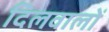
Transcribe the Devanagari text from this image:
दिलवालों